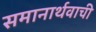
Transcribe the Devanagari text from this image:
समानार्थवाची